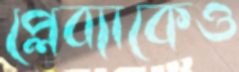
প্লেব্যাকেও